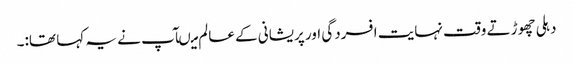
دہلی چھوڑتے وقت نہایت افسردگی اور پریشانی کے عالم میںآپ نے یہ کہا تھا:۔